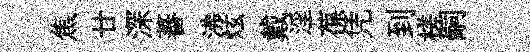
焦廿深蕃沸炫戴淫葆凭到槎嗣